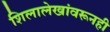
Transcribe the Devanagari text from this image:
शिलालेखांवरूनही